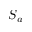
S _ { a }